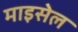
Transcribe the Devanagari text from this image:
माइसेल